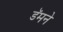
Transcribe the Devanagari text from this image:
डॅमने